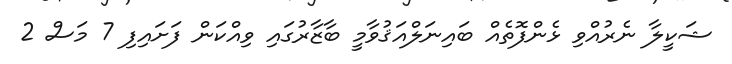
ޝަކީލާ ނެރުއްވި ޅެންފޮތެއް ބައިނަލްއަޤުވާމީ ބާޒާރުގައި ވިއްކަން ފަށައިފި 7 މަސް 2